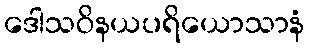
ဒေါသဝိနယပရိယောသာနံ